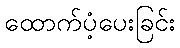
ထောက်ပံ့ပေးခြင်း